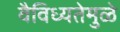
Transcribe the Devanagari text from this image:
वैविध्यतेमुळे